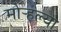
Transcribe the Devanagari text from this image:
मोर्‍हल्या